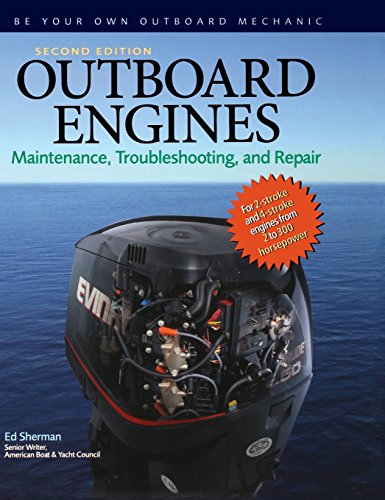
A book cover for Outboard Engines: Maintenance, Troubleshooting, and Repair, Second Edition; Edwin Sherman; Sports & Outdoors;